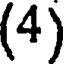
(4)